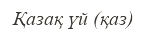
Қазақ үй (қаз)